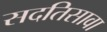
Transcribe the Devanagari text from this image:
सदतिसावा